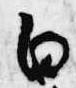
白